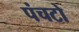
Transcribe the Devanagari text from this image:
पंचटो